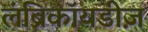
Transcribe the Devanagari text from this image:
लंब्रिकॉयडीज़